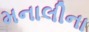
મનાલીના